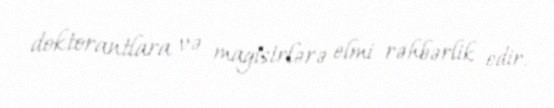
doktorantlara və magistrlərə elmi rəhbərlik edir.